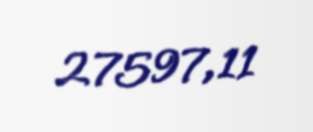
27597,11